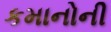
કમાનોની